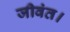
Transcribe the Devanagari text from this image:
जीवंत।